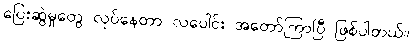
ပြေးဆွဲမှုတွေ လုပ်နေတာ လပေါင်း အတော်ကြာပြီ ဖြစ်ပါတယ်။